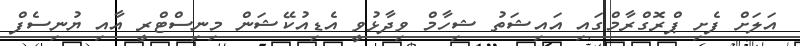
އަލަށް ފެށި ޕްރޮގްރާމްގައި އައިޝަތު ޝިހާމް ވިދާޅުވީ އެޑިއުކޭޝަން މިނިސްޓްރީ އާއި ޔުނިސެފް